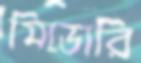
মিডোরি